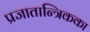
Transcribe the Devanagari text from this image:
प्रजातान्त्रिकका